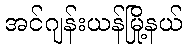
အင်ဂျန်းယန်မြို့နယ်